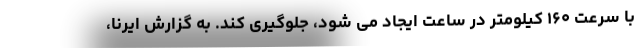
با سرعت ۱۶۰ کیلومتر در ساعت ایجاد می شود، جلوگیری کند. به گزارش ایرنا،